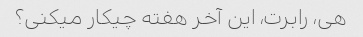
هی، رابرت، این آخر هفته چیکار میکنی؟